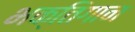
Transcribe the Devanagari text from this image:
भक्तिगान